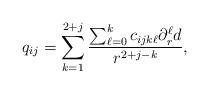
LaTeX: \begin{align*}q_{ij}=\sum_{k=1}^{2+j} \frac{ \sum_{\ell =0}^k c_{i j k \ell} \partial_r^\ell d }{r^{2+j-k}},\end{align*}